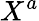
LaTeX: X^{a}